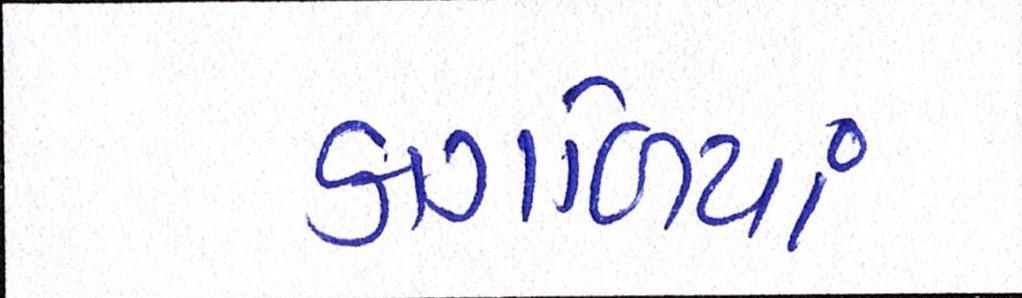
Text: કાગળિયાં